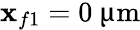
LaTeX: \mathbf{x}_{f1}=0~{\upmu\mathrm{{m}}}